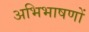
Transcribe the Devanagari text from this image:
अभिभाषणों